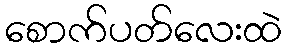
စောက်ပတ်လေးထဲ